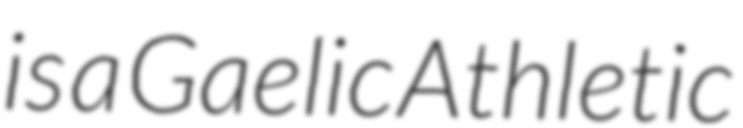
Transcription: is a Gaelic Athletic